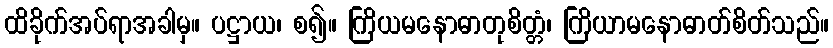
ထိခိုက်အပ်ရာအခါမှ။ ပဋ္ဌာယ၊ စ၍။ ကြိယမနောဓာတုစိတ္တံ၊ ကြိယာမနောဓာတ်စိတ်သည်။